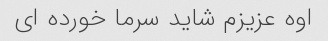
اوه عزیزم شاید سرما خورده ای